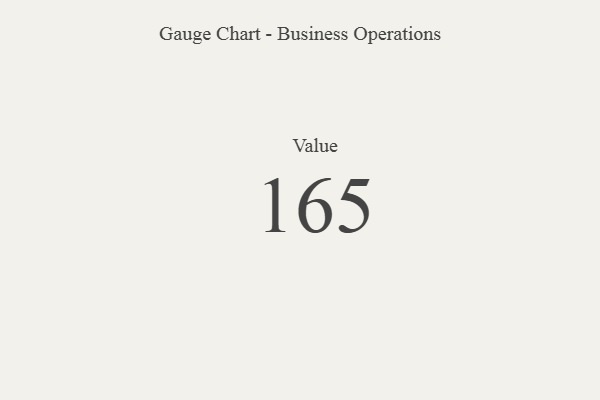
{"axis": {"x": "Metric", "y": "Value"}, "legend": [""], "data": [{"x": "Value", "y": 165, "type": ""}]}